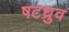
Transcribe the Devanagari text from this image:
षटध्रुव